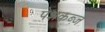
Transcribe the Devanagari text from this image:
पेशकब्ज़